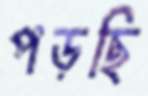
পড়ছি